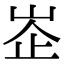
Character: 峜